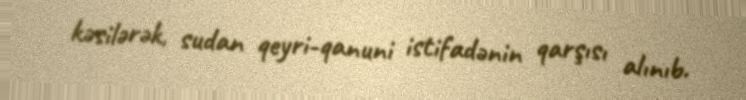
kəsilərək, sudan qeyri-qanuni istifadənin qarşısı alınıb.